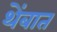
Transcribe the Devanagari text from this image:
थेंबात